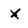
Character: X